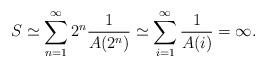
LaTeX: \begin{align*}S \simeq \sum\limits _{n = 1} ^\infty 2^n \frac{1}{A(2^{n})} \simeq \sum\limits _{i=1}^\infty \frac{1}{A(i)} =\infty.\end{align*}